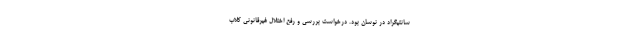
سانتیگراد در نوسان بود. درخواست بررسی و رفع اختلال غیرقانونی کلاب